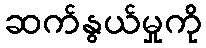
ဆက်နွယ်မှုကို